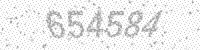
Solution: 654584